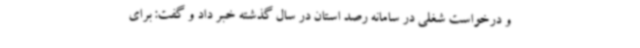
و درخواست شغلی در سامانه رصد استان در سال گذشته خبر داد و گفت: برای